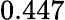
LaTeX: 0.447